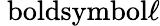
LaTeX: \mathrm{\ boldsymbol{\ell}}